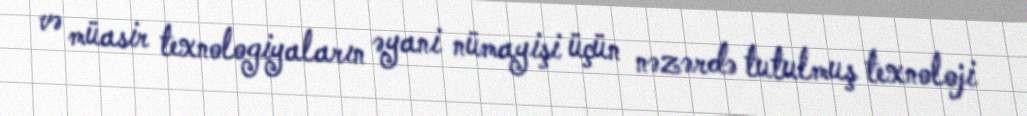
və müasir texnologiyaların əyani nümayişi üçün nəzərdə tutulmuş texnoloji